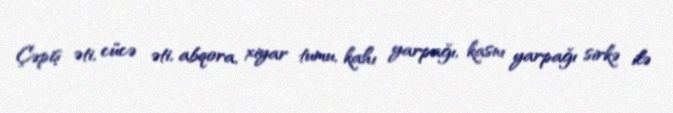
Çəpiş əti, cücə əti, abqora, xiyar tumu, kahı yarpağı, kasnı yarpağı sirkə ilə